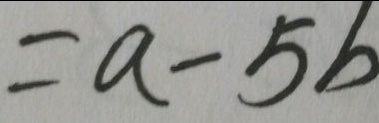
= a - 5 b